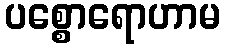
ပစ္စောရောဟာမ